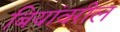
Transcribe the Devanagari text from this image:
बियांवरील